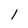
Character: 1